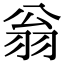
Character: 翁